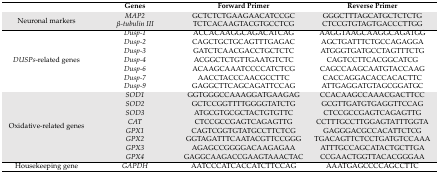
<table><thead><tr><td></td><td><b>Genes</b></td><td><b>Forward Primer</b></td><td><b>Reverse Primer</b></td></tr></thead><tbody><tr><td rowspan="2">Neuronal markers</td><td><i>MAP2</i></td><td>GCTCTCTGAAGAACATCCGC</td><td>GGGCTTTAGCATGCTCTCTG</td></tr><tr><td><i>β-tubulin III</i></td><td>TCTCACAAGTACGTGCCTCG</td><td>CTCCGTGTAGTGACCCTTGG</td></tr><tr><td rowspan="7"><i>DUSPs</i>-related genes</td><td><i>Dusp-1</i></td><td>ACCACAAGGCAGACATCAG</td><td>AAGGTAAGCAAGGCAGATGG</td></tr><tr><td><i>Dusp-2</i></td><td>CAGCTGCTGCAGTTTGAGAC</td><td>AGCTGATTTCTGCCAGAGGA</td></tr><tr><td><i>Dusp-3</i></td><td>GATCTCAACGACCTGCTCTC</td><td>ATGGGTGATGCCTAGTTTCTG</td></tr><tr><td><i>Dusp-4</i></td><td>ACGGCTCTGTTGAATGTCTC</td><td>CAGTCCTTCACGGCATCG</td></tr><tr><td><i>Dusp-6</i></td><td>ACAAGCAAATCCCCATCTCG</td><td>CAGCCAAGCAATGTACCAAG</td></tr><tr><td><i>Dusp-7</i></td><td>AACCTACCCAACGCCTTC</td><td>CACCAGGACACCACACTTC</td></tr><tr><td><i>Dusp-9</i></td><td>GAGGCTTCAGCAGATTCCAG</td><td>ATTGAGGATGTAGCGGATGC</td></tr><tr><td rowspan="8">Oxidative-related genes</td><td><i>SOD1</i></td><td>GGTGGGCCAAAGGATGAAGAG</td><td>CCACAAGCCAAACGACTTCC</td></tr><tr><td><i>SOD2</i></td><td>GCTCCGGTTTTGGGGTATCTG</td><td>GCGTTGATGTGAGGTTCCAG</td></tr><tr><td><i>SOD3</i></td><td>ATGCGTGCGCTACTGTGTTC</td><td>CTCCGCCGAGTCAGAGTTG</td></tr><tr><td><i>CAT</i></td><td>CTCCGCCGAGTCAGAGTTG</td><td>CCTTTGCCTTGGAGTATTTGGTA</td></tr><tr><td><i>GPX1</i></td><td>CAGTCGGTGTATGCCTTCTCG</td><td>GAGGGACGCCACATTCTCG</td></tr><tr><td><i>GPX2</i></td><td>GGTAGATTTCAATACGTTCCGGG</td><td>TGACAGTTCTCCTGATGTCCAAA</td></tr><tr><td><i>GPX3</i></td><td>AGAGCCGGGGACAAGAGAA</td><td>ATTTGCCAGCATACTGCTTGA</td></tr><tr><td><i>GPX4</i></td><td>GAGGCAAGACCGAAGTAAACTAC</td><td>CCGAACTGGTTACACGGGAA</td></tr><tr><td>Housekeeping gene</td><td><i>GAPDH</i></td><td>AATCCCATCACCATCTTCCAG</td><td>AAATGAGCCCCAGCCTTC</td></tr></tbody></table>